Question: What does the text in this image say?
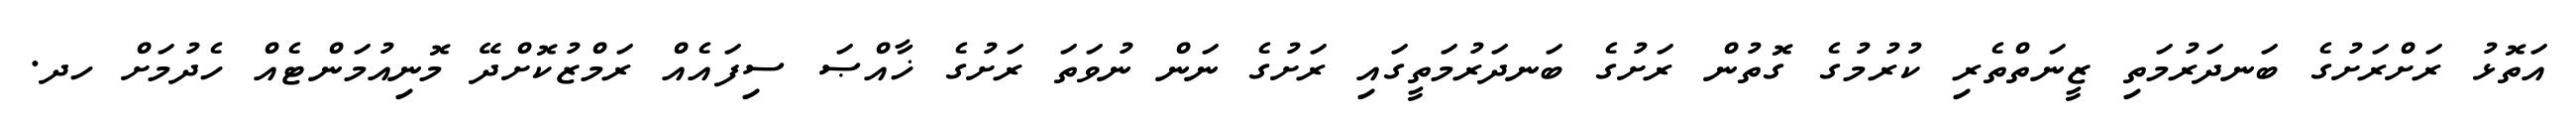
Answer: އަތޮޅު ރަށްރަށުގެ ބަނދަރުމަތި ޒީނަތްތެރި ކުރުމުގެ ގޮތުން ރަށުގެ ބަނދަރުމަތީގައި ރަށުގެ ނަން ނުވަތަ ރަށުގެ ޚާއްޞަ ސިފައެއް ރަމްޒުކޮށްދޭ މޮނިއުމަންޓެއް ހެދުމަށް ހދ.